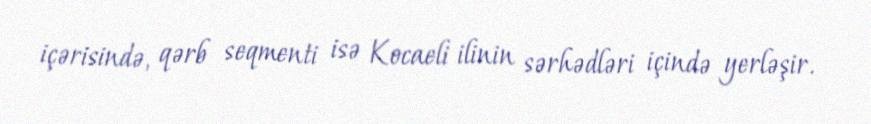
içərisində, qərb seqmenti isə Kocaeli ilinin sərhədləri içində yerləşir.